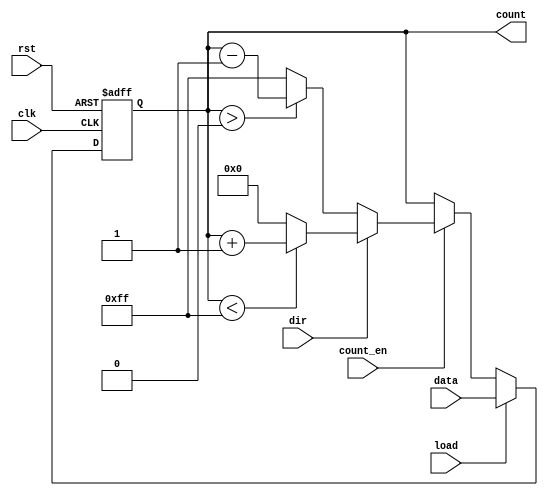
module loadable_counter (
    input wire clk,           // Clock signal
    input wire rst,           // Reset signal
    input wire load,          // Load signal
    input wire [7:0] data,    // Data input bus (8-bit for this example)
    input wire count_en,      // Count Enable signal
    input wire dir,           // Count direction signal
    output reg [7:0] count    // Count output bus (8-bit)
);
    
    // Maximum and minimum values for an 8-bit counter
    parameter MAX_COUNT = 8'd255;
    parameter MIN_COUNT = 8'd0;

    always @(posedge clk or posedge rst) begin
        if (rst) begin
            count <= MIN_COUNT; // Reset the counter to zero
        end else if (load) begin
            count <= data;      // Load the new value into the counter
        end else if (count_en) begin
            if (dir) begin
                // Increment operation with wrap-around
                if (count < MAX_COUNT)
                    count <= count + 1;
                else
                    count <= MIN_COUNT; // Wrap around
            end else begin
                // Decrement operation with wrap-around
                if (count > MIN_COUNT)
                    count <= count - 1;
                else
                    count <= MAX_COUNT; // Wrap around
            end
        end
        // If count_en is low and load is low, do nothing (maintain current count)
    end

endmodule